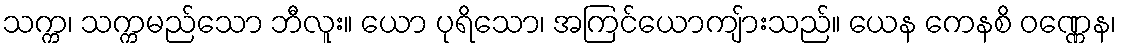
သက္က၊ သက္ကမည်သော ဘီလူး။ ယော ပုရိသော၊ အကြင်ယောကျ်ားသည်။ ယေန ကေနစိ ဝဏ္ဏေန၊